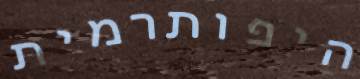
היפותרמית